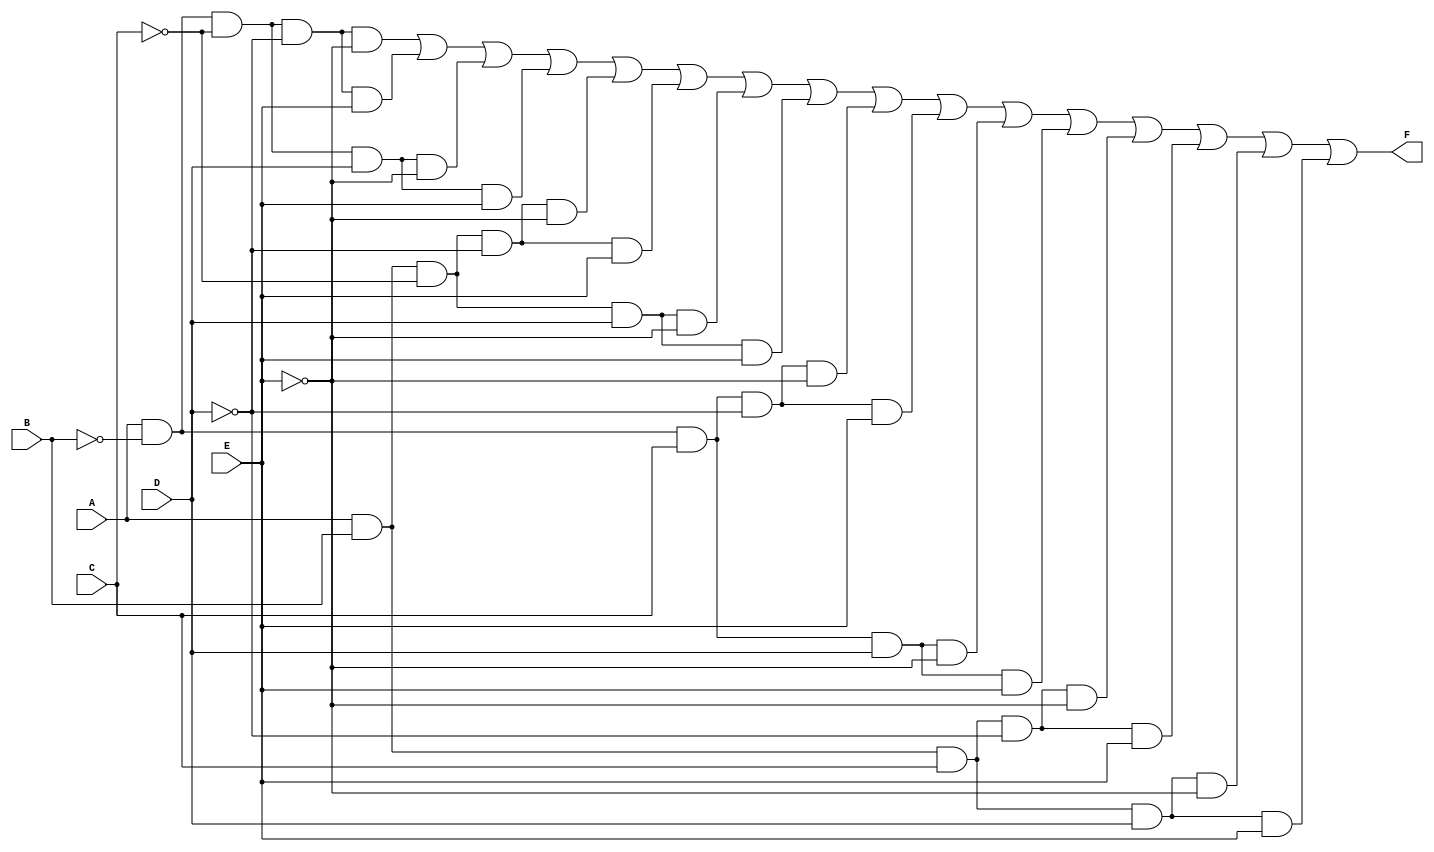
module five_variable_kmap (
    input wire A,  // Input variable A
    input wire B,  // Input variable B
    input wire C,  // Input variable C
    input wire D,  // Input variable D
    input wire E,  // Input variable E
    output wire F  // Output function F
);

// Define the minterms for the output function F
// Example minterms: 0, 1, 2, 3, 8, 9, 10, 11, 16, 17, 18, 19, 24, 25, 26, 27
// You can modify this list based on your specific K-map simplification
assign F = (A & ~B & ~C & ~D & ~E) | // minterm 0
           (A & ~B & ~C & ~D & E)  | // minterm 1
           (A & ~B & ~C & D & ~E)  | // minterm 2
           (A & ~B & ~C & D & E)   | // minterm 3
           (A & B & ~C & ~D & ~E)  | // minterm 8
           (A & B & ~C & ~D & E)   | // minterm 9
           (A & B & ~C & D & ~E)   | // minterm 10
           (A & B & ~C & D & E)    | // minterm 11
           (A & ~B & C & ~D & ~E)  | // minterm 16
           (A & ~B & C & ~D & E)   | // minterm 17
           (A & ~B & C & D & ~E)   | // minterm 18
           (A & ~B & C & D & E)    | // minterm 19
           (A & B & C & ~D & ~E)   | // minterm 24
           (A & B & C & ~D & E)    | // minterm 25
           (A & B & C & D & ~E)    | // minterm 26
           (A & B & C & D & E);     // minterm 27

endmodule